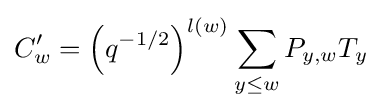
C'_{w}=\left(q^{-1/2}\right)^{l(w)}\sum _{y\leq w}P_{y,w}T_{y}